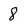
Character: 8